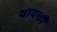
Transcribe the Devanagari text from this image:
थायचौ